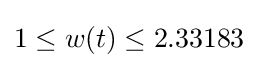
1\leq w(t)\leq 2.33183